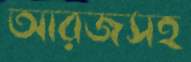
আরজসহ